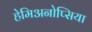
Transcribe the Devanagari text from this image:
हेमिअनोप्सिया